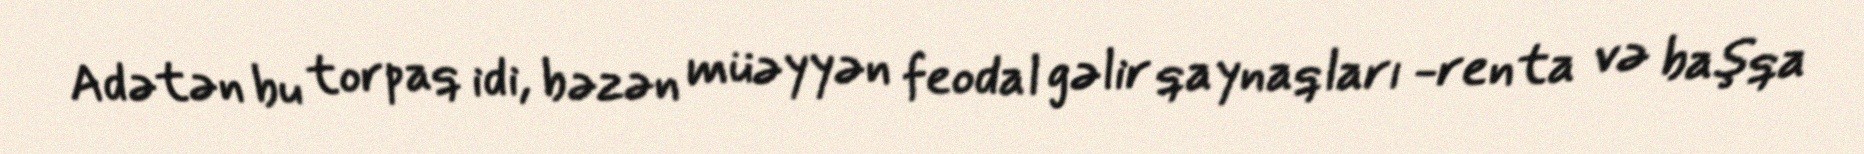
Adətən bu torpaq idi, bəzən müəyyən feodal gəlir qaynaqları -renta və başqa